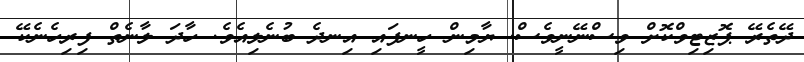
ދޭތެރޭ ޕޮޒިޓިވްކޮށް ވިސްނޭނީވެސް. ޔާމިން ހީނފައި އިނދެ ބުނެލިއެވެ. ހާދަ ލާނެތް ފިރިހެނެކޭ